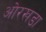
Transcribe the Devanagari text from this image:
ओरखडा